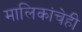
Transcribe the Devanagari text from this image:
मालिकांचेही